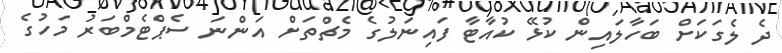
ދެ ލެގަކަށް ބަހާލައިން ކުޅޭ ކުއާޓާ ފައިނަލުގެ މެޗްތަށް އަންނަ ސެޕްޓެމްބަރު މަހުގެ